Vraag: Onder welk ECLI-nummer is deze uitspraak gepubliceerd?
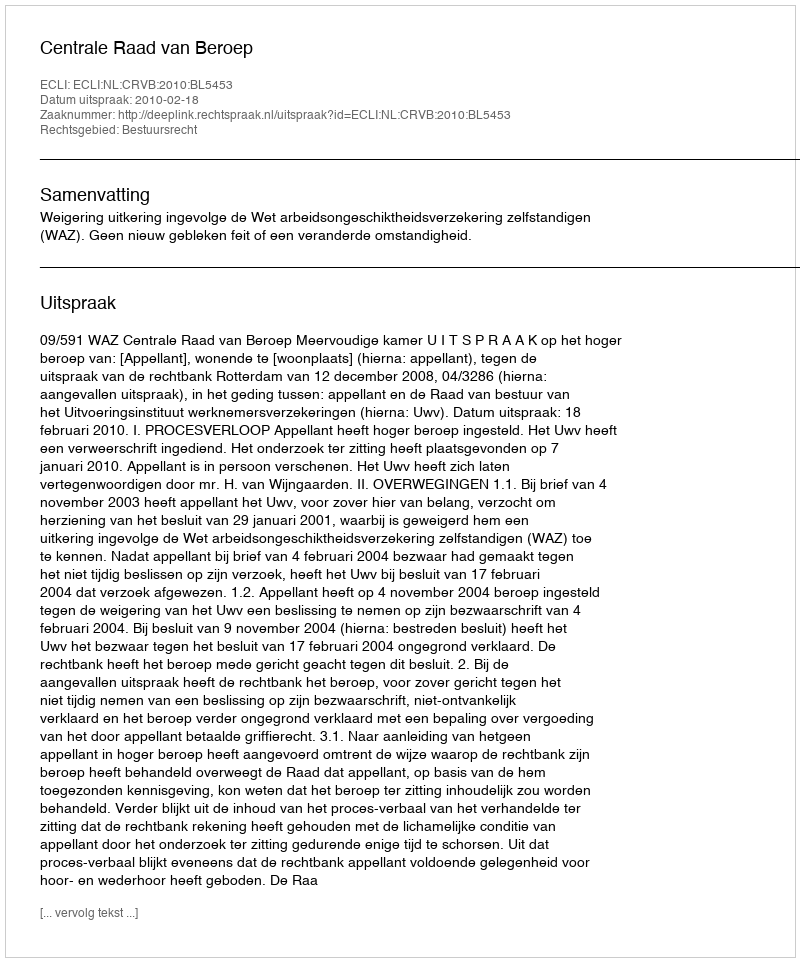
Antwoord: ECLI:NL:CRVB:2010:BL5453